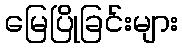
မြေပြိုခြင်းများ